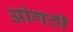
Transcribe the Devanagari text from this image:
आंगठी